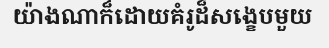
យ៉ាងណាក៏ដោយគំរូដ៏សង្ខេបមួយ